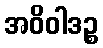
အဝိဝါဒဉ္စ